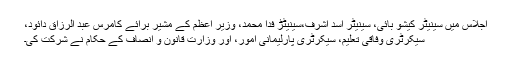
اجلاس میں سینیٹر کیشو بائی، سینیٹر اسد اشرف،سینیٹڑ فدا محمد، وزیر اعظم کے مشیر برائے کامرس عبد الرزاق دائود،
سیکرٹری وفاقی تعلیم، سیکرٹری پارلیمانی امور، اور وزارت قانون و انصاف کے حکام نے شرکت کی۔